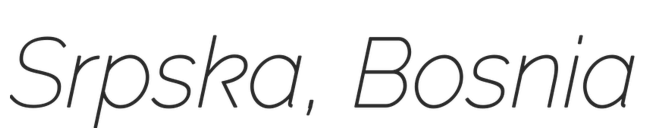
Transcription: Srpska, Bosnia